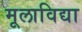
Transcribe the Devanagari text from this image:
मूलाविद्या